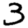
Digit: 3